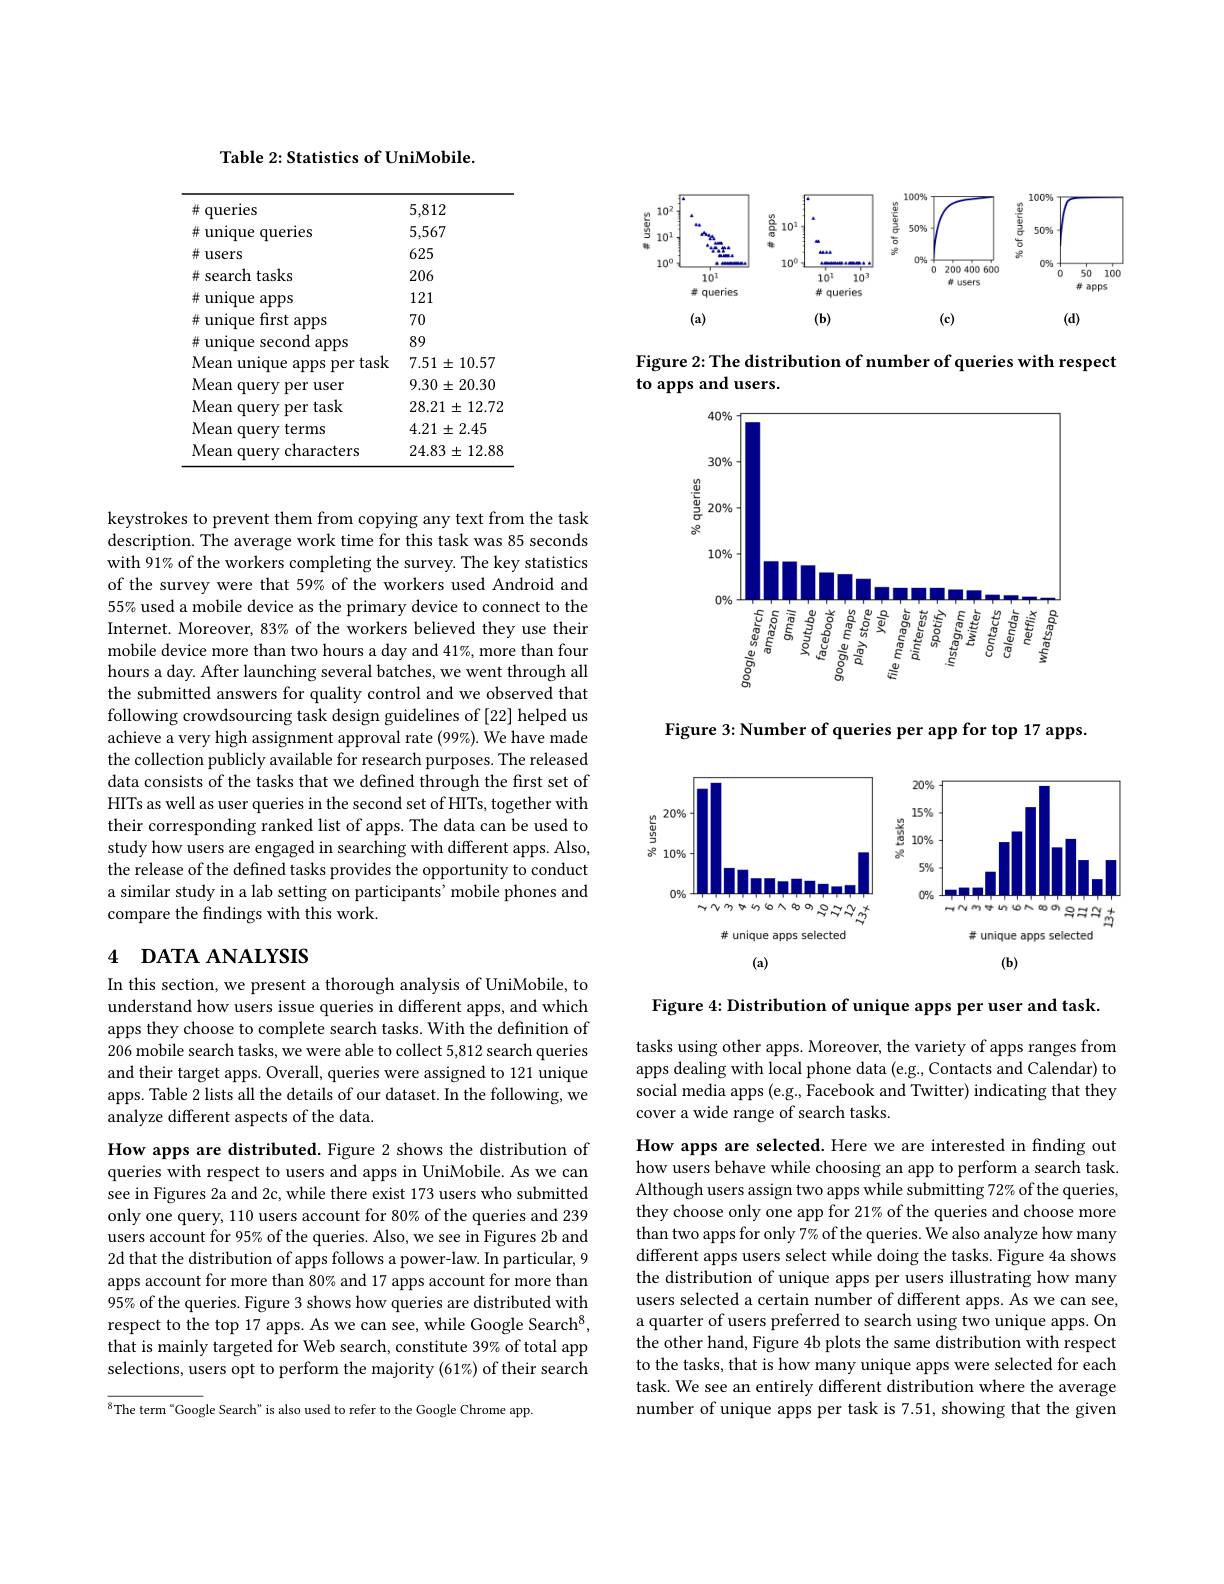
Table 2: Statistics of UniMobile.

<table>
	<tbody>
		<tr>
			<td>并( queries</td>
			<td>5,812</td>
		</tr>
		<tr>
			<td>井し unique queries </td>
			<td>5,567</td>
		</tr>
		<tr>
			<td>并 users</td>
			<td>625</td>
		</tr>
		<tr>
			<td># search tasks</td>
			<td>206</td>
		</tr>
		<tr>
			<td>$\#$ unique apps</td>
			<td>121</td>
		</tr>
		<tr>
			<td>并 unique f first apps</td>
			<td>70</td>
		</tr>
		<tr>
			<td>并 unique ${\mathrm{second~apps}}$</td>
			<td>89</td>
		</tr>
		<tr>
			<td>Mean unique apps per task $\begin{pmatrix}1&0&0\\0&0&0\end{pmatrix}$</td>
			<td>$7.51\pm$ 10.57 </td>
		</tr>
		<tr>
			<td>Mean query per user</td>
			<td>$9.30\pm$ 20.30 ,</td>
		</tr>
		<tr>
			<td>Mean query per task</td>
			<td>28.21 $1\pm$ 12.72 $\frac{1}{2}=\frac{1}{2}$ T </td>
		</tr>
		<tr>
			<td>Mean query terms</td>
			<td>$\pm2.45$ 4.21 1 </td>
		</tr>
		<tr>
			<td>Mean query characters</td>
			<td>$24.83\pm$ 12.88 </td>
		</tr>
	</tbody>
</table>

keystrokes to prevent them from copying any text from the task description. The average work time for this task was 85 seconds with 91% of the workers completing the survey. The key statistics of the survey were that 59% of the workers used Android and 55% used a mobile device as the primary device to connect to the Internet. Moreover, 83% of the workers believed they use their mobile device more than two hours a day and 41%, more than four hours a day. After launching several batches, we went through all the submitted answers for quality control and we observed that following crowdsourcing task design guidelines of [22] helped us achieve a very high assignment approval rate $(99\%).$ We have made the collection publicly available for research purposes. The released data consists of the tasks that we defined through the first set of HITs as well as user queries in the second set of HITs, together with their corresponding ranked list of apps. The data can be used to study how users are engaged in searching with different apps. Also, the release of the defined tasks provides the opportunity to conduct a similar study in a lab setting on participants' mobile phones and compare the findings with this work.

# 4 DATA ANALYSIS

In this section, we present a thorough analysis of UniMobile, to understand how users issue queries in different apps, and which apps they choose to complete search tasks. With the defnition of 206 mobile search tasks, we we were able to collect 5,812 search queries and their target apps. Overall, queries were assigned to 121 unique apps. Table 2 lists all the details of our dataset. In the following, we analyze different aspects of the data.

How apps are distributed. Figure 2 shows the distribution of queries with respect to users and apps in UniMobile. As we can see in Figures 2a and 2c, while there exist 173 users who submitted only one query, 110 users account for 80% of the queries and 239 users account for 95% of the queries. Also, we see in Figures 2b and 2d that the distribution of apps follows a power-law. In particular, 9 apps account for more than 80% and 17 apps account for more than 95% of the queries. Figure 3 shows how queries are distributed with respect to the top 17 apps. As we can see, while Google Search$^8$, that is mainly targeted for Web search, constitute 39% of total app selections, users opt to perform the majority (61%) of their search

$^{8}$The term“Google Search”is also used to refer to the Google Chrome app

<FigureHere>

Figure 2: The distribution of number of queries with respect
to apps and users.

<FigureHere>

Figure 3: Number of queries per app for top 17 apps.

<FigureHere>

Figure 4: Distribution of unique apps per user and task.

tasks using other apps. Moreover, the variety of apps ranges from apps dealing with local phone data (e.g., Contacts and Calendar) to social media apps (e.g., Facebook and Twitter) indicating that they cover a wide range of search tasks.

How apps are selected. Here we are interested in finding out how users behave while choosing an app to perform a search task. Although users assign two apps while submitting 72% of the queries, they choose only one app for 21% of the queries and choose more than two apps for only 7% of the queries. We also analyze how many different apps users select while doing the tasks. Figure 4a shows the distribution of unique apps per users illustrating how many users selected a certain number of different apps. As we can see, a quarter of users preferred to search using two unique apps. On the other hand, Figure 4b plots the same distribution with respect to the tasks, that is how many unique apps were selected for each task. We see an entirely different distribution where the average number of unique apps per task is 7.51, showing that the given